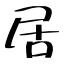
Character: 居